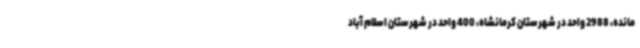
مانده، 2988 واحد در شهرستان کرمانشاه، 400 واحد در شهرستان اسلام آباد